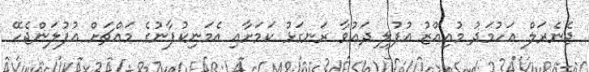
ޖެނެރަލް އަހުމަދު މުއިއްޒު އުފުލި ދައުވާ ރަނގަޅު ކަމަށާއި އެމަނިކުފާނުގެ މައްޗަށް އުފުލަންޖެހޭ